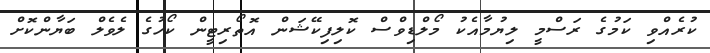
ކުރެއްވި ކަމުގެ ރަސްމީ ލިޔުމާއެކު މޯލްޑިވްސް ކޮލިފިކޭޝަން އޮތޯރިޓީން ކޯހުގެ ލެވެލް ބަޔާންކޮށް